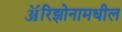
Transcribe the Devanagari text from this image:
ॲरिझोनामधील